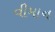
વીમાન